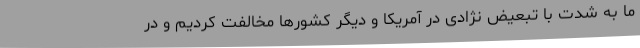
ما به شدت با تبعیض نژادی در آمریکا و دیگر کشورها مخالفت کردیم و در